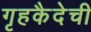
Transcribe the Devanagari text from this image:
गृहकैदेची